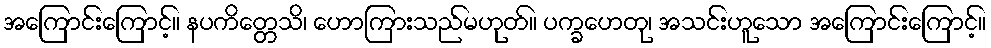
အကြောင်းကြောင့်။ နပကိတ္တေသိ၊ ဟောကြားသည်မဟုတ်။ ပက္ခဟေတု၊ အသင်းဟူသော အကြောင်းကြောင့်။